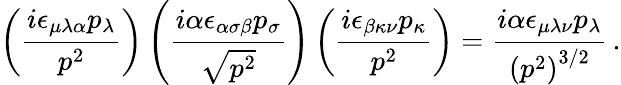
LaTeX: \left(\frac{i\epsilon_{\mu\lambda\alpha}p_{\lambda}}{p^{2}}\right)\left(\frac{i\alpha\epsilon_{\alpha\sigma\beta}p_{\sigma}}{\sqrt{p^{2}}}\right)\left(\frac{i\epsilon_{\beta\kappa\nu}p_{\kappa}}{p^{2}}\right)=\frac{i\alpha\epsilon_{\mu\lambda\nu}p_{\lambda}}{\left(p^{2}\right)^{3/2}}\, .